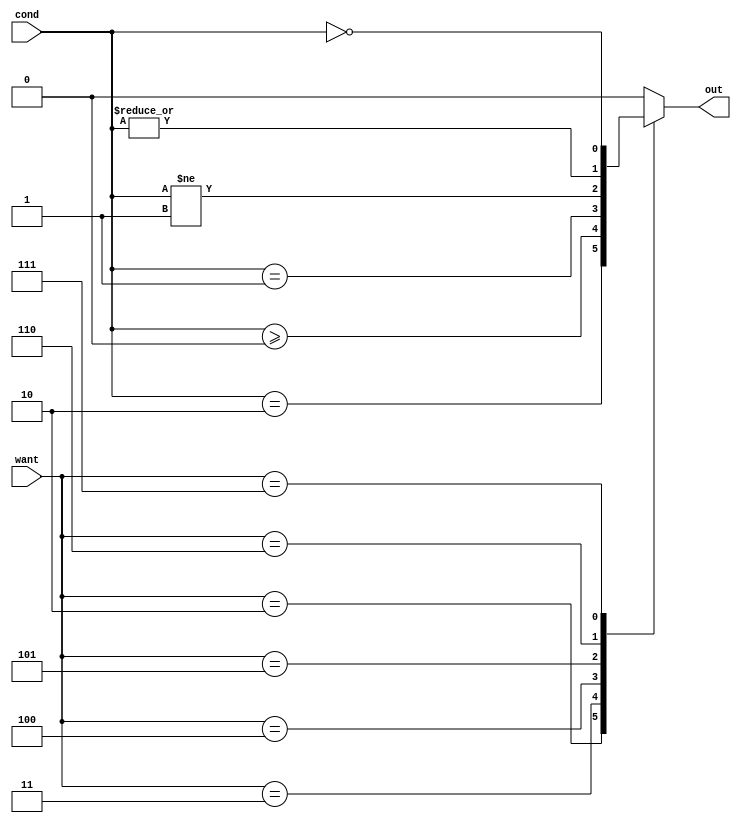
module BranchCtrl(
  want, cond, out
);

input [2:0] want;
input signed [1:0] cond;
output reg out;


always @ (want or cond) begin
  case (want)
    'd2: out = cond == 'b10; // <
    'd3: out = cond >= 0; // >=
    'd4: out = cond == 'b01; // ==
    'd5: out = cond != 'b01; // !=
    'd6: out = |cond; // <=
    'd7: out = cond == 'b00; // >
    default: out = 0;
  endcase
end

endmodule